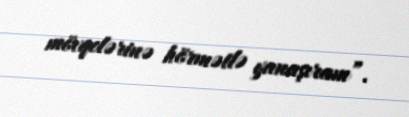
mövqelərinə hörmətlə yanaşıram”.